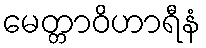
မေတ္တာဝိဟာရီနံ